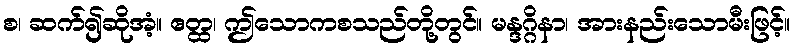
စ၊ ဆက်၍ဆိုအံ့။ ဧတ္ထ၊ ဤသောကစသည်တို့တွင်။ မန္ဒဂ္ဂိနာ၊ အားနည်းသောမီးဖြင့်။